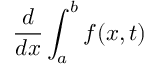
{ \frac { d } { d x } } \int _ { a } ^ { b } f ( x , t )